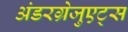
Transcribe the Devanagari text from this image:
अंडरग्रेजुएट्स